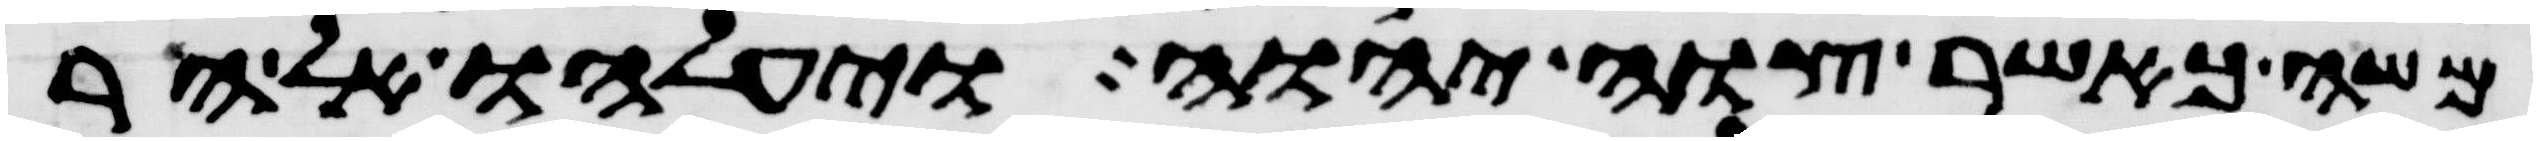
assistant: משה כאשר צוה יהוה ויעלהו אל הר